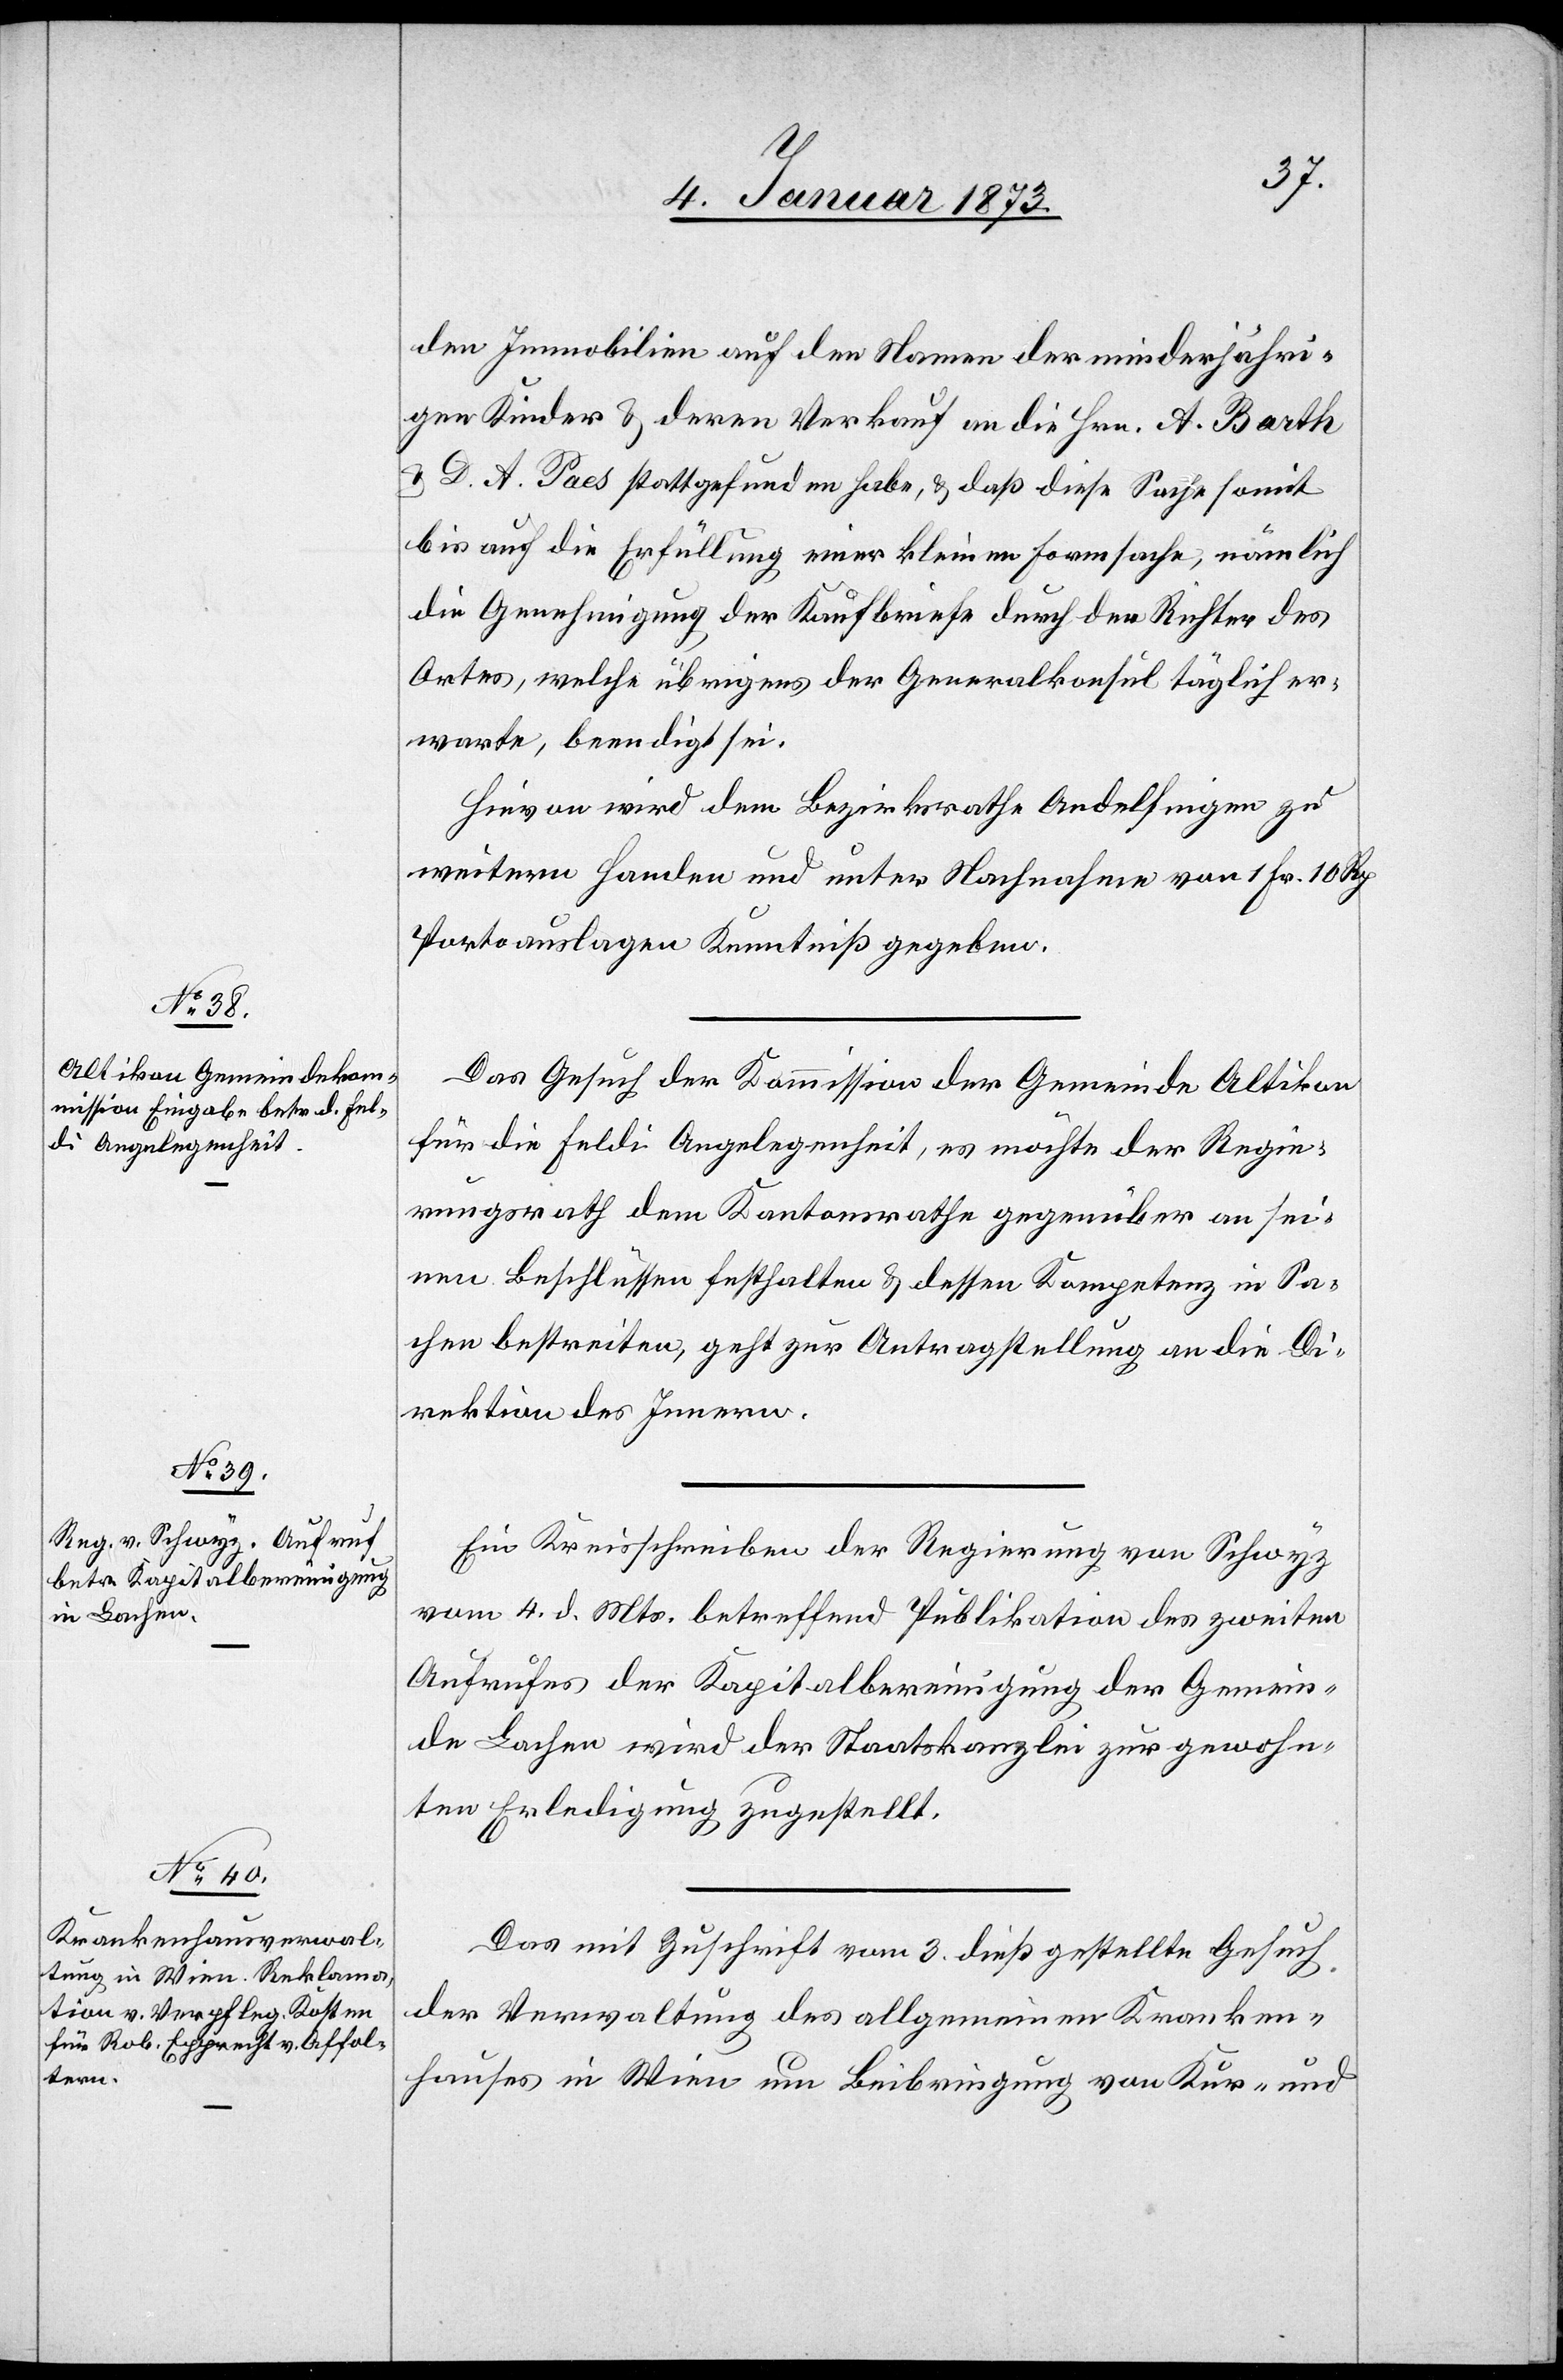
7. Januar 1873]
den Immobilien auf den Namen der minderjähri¬
gen Kinder & deren Verkauf an die Hrn. A. Barth
D. A. Paes stattgefunden habe, & daß diese Sache somit
bis auf die Erfüllung einer kleinen Formsache, nämlich
die Genehmigung der Kaufbriefe durch den Richter des
Ortes, welche übrigens der Generalkonsul täglich er¬
warte, beendigt sei.
Hieran wird dem Bezirksrathe Andelfingen zu
weitern Handen und unter Nachnahme von 1 Fr. 10 Rp.
Portoauslagen Kenntniß gegeben.
Das Gesuch der Kommission der Gemeinde Altikon
für die Feldi Angelegenheit, es möchte der Regie¬
rungsrath dem Kantonsrathe gegenüber an sei¬
nen Beschlüssen festhalten & dessen Kompetenz in Sa¬
chen bestreiten, geht zur Antragsstellung an die Di¬
rektion des Innern.
Ein Kreisschreiben der Regierung von Schwyz
vom 4. d. Mts. betreffend Publikation des zweiten
Aufrufes der Kapitalbereinigung der Gemein¬
de Lachen wird der Staatskanzlei zur gewohn¬
ten Erledigung zugestellt.
Das mit Zuschrift vom 3. dieß gestellte Gesuch
der Verwaltung des allgemeinen Kranken¬
hauses in Wien um Beibringung von Kur- und